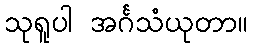
သုရူပါ အင်္ဂသံယုတာ။